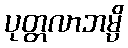
ပုတ္တလာဘမ္ပိ